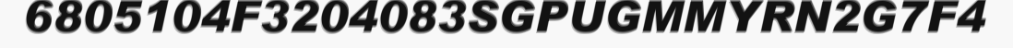
6805104F3204083SGPUGMMYRN2G7F4